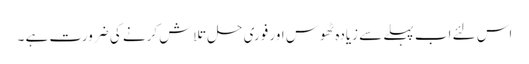
اس لئے اب پہلے سے زیادہ ٹھوس اور فوری حل تلاش کرنے کی ضرورت ہے ۔